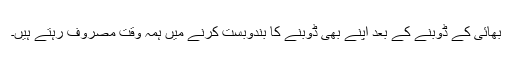
بھائی کے ڈوبنے کے بعد اپنے بھی ڈوبنے کا بندوبست کرنے میں ہمہ وقت مصروف رہتے ہیں۔